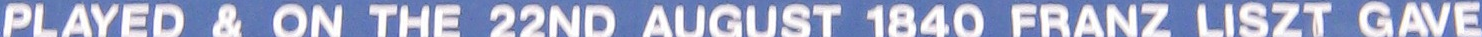
PLAYED & ON THE 22ND AUGUST 1840 FRANZ LISZT GAVE